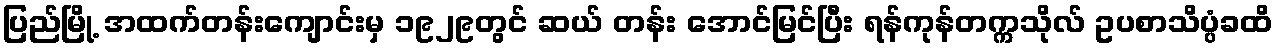
ပြည်မြို့ အထက်တန်းကျောင်းမှ ၁၉၂၉တွင် ဆယ် တန်း အောင်မြင်ပြီး ရန်ကုန်တက္ကသိုလ် ဥပစာသိပ္ပံခထိ